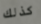
كذلك